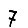
Digit: 7